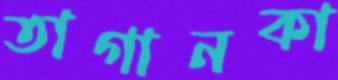
তাগানকা